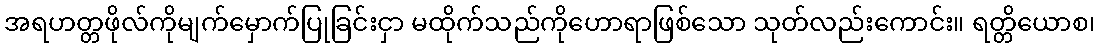
အရဟတ္တဖိုလ်ကိုမျက်မှောက်ပြုခြင်းငှာ မထိုက်သည်ကိုဟောရာဖြစ်သော သုတ်လည်းကောင်း။ ရတ္တိယောစ၊